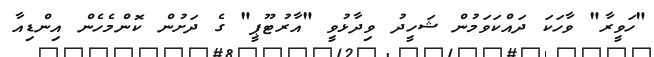
"ހަވީރާ" ވާހަކަ ދައްކަވަމުން ޝަހީދު ވިދާޅުވީ "އާރުޓޫޕީ" ގެ ދަށުން ކޮންމެހެން އިންޑިއާ